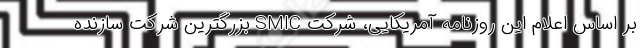
بر اساس اعلام این روزنامه آمریکایی، شرکت SMIC بزرگترین شرکت سازنده